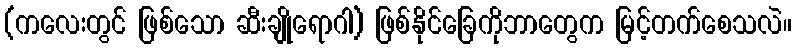
(ကလေးတွင် ဖြစ်သော ဆီးချိုရောဂါ) ဖြစ်နိုင်ခြေကိုဘာတွေက မြင့်တက်စေသလဲ။